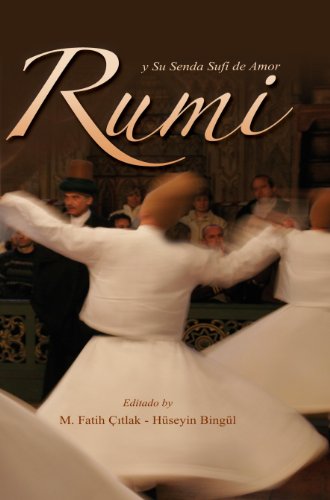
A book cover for Rumi y su senda sufi de amor (Spanish Edition); M.Fatih Citak; Religion & Spirituality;